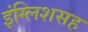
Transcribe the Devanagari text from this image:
इंग्लिशसह